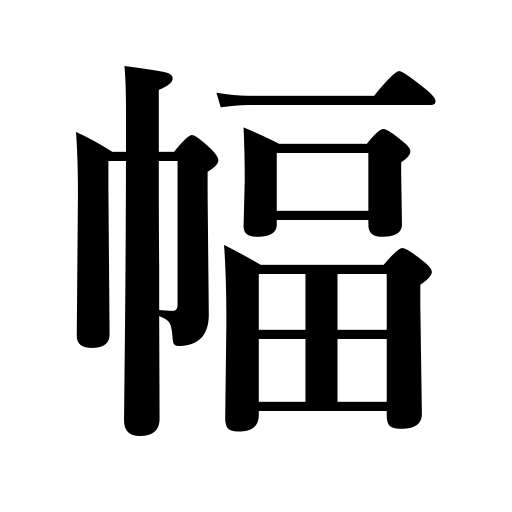
Meanings: picture,range,counter for scrolls,hanging scroll,influence,breadth,difference in price,power,width